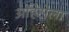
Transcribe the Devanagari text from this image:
अहिंसेला